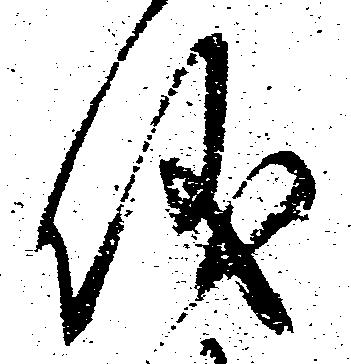
儀